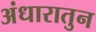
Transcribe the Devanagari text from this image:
अंधारातुन